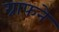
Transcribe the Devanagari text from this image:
ग्राफने